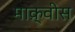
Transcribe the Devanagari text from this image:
माक़्वीस